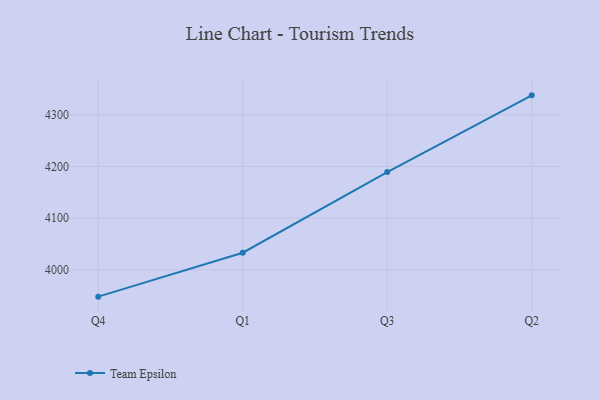
{"axis": {"x": "Quarter", "y": "Operating Costs (USD K)"}, "legend": ["Team Epsilon"], "data": [{"x": "Q4", "y": 3948.0, "type": "Team Epsilon"}, {"x": "Q1", "y": 4033.1, "type": "Team Epsilon"}, {"x": "Q3", "y": 4189.2, "type": "Team Epsilon"}, {"x": "Q2", "y": 4337.8, "type": "Team Epsilon"}]}